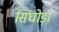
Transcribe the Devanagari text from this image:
सिंघोड़ा